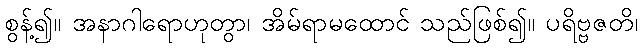
စွန့်၍။ အနာဂါရောဟုတွာ၊ အိမ်ရာမထောင် သည်ဖြစ်၍။ ပရိဗ္ဗဇတိ၊